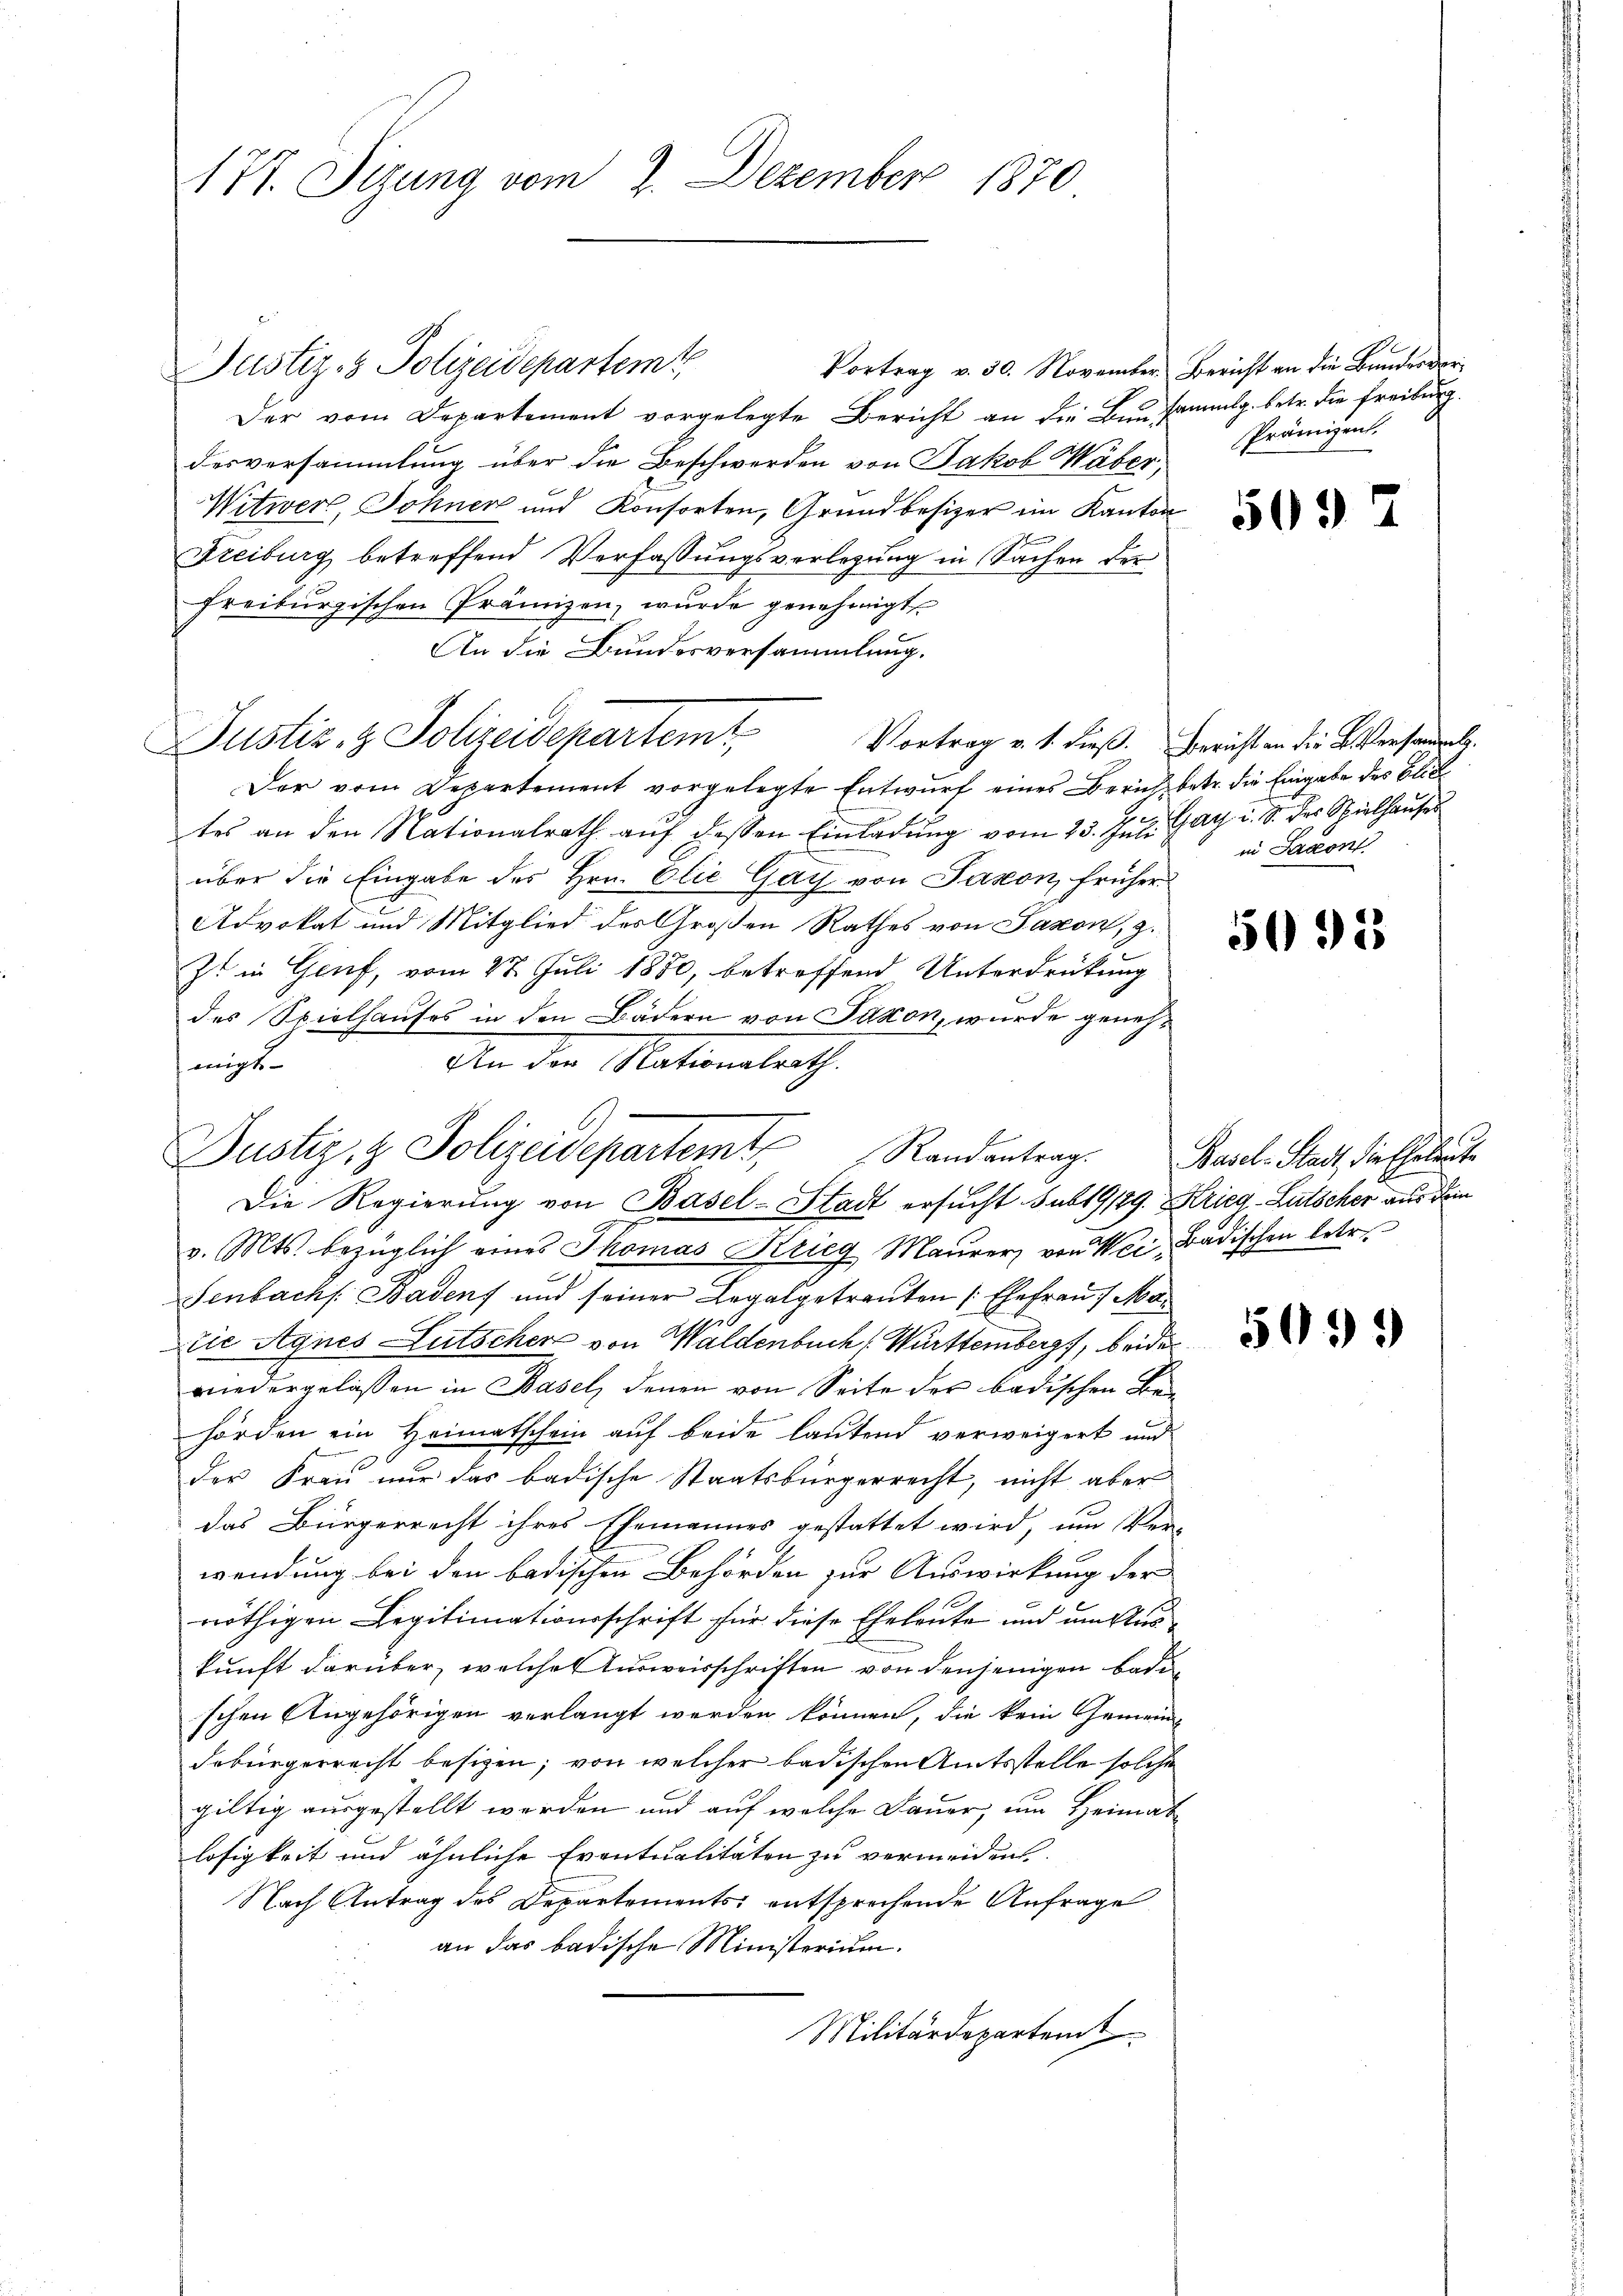
177. Sizung vom 2. Dezember 1870

Justiz- & Polizeidepartem
Der vom Departement vorgelegte Bericht an die Bau sammlg. betr. die Freiburg.
desversammlung über die Beschwerden von Jakob Wäber,
Witwer, Sohner und Konsorten, Grundbesizer im Kanton
Freiburg betreffend Verfassungsverlegung in Sachen der
freiburgischen Prämizen, wurde genehmigt
An die Bundesversammlung.
Justiz- & Polizeidepartemt Vortrag v. 4. dieß. Bericht en die Versammels
Der vom Departement vorgelegte Entwurf eines Bericht betr. die Eingabe des Blit
tes an den Nationalrath aŭf dessen Einladŭng vom 25. Jŭli Gay u. S. des Spielhaŭser
über die Eingabe des Hrn. Olić Gay von Jakon früher
Advokat und Mitglied des Großen Rathes von Saxon, z.
Zt in Genf, vom 27. Juli 1880, betreffend Unterdrückung
des Spielhauses in den Bädern von Saxon, wurde geneh¬
An der Nationalrath
eigt
Die Regierung von Basel-Stadt ersucht sub 19/29. Krieg-Lutscher aus dein
v. Mts. bezüglich eines Thomas Krieg Maurer, von Wei-Badischen betr.
Senbach. Badens und seiner Legalgetrauten (Ehefrau 1 Ma¬
Die Agnes Lutscher von Waldenbuch Württemberg, beide
wiedergelassen in Basel, denen von Seite der badischen Behörden ein Heimatschein auf beide lautend verweigert und
der Frau nur das badische Staatsbürgerrecht, nicht aber
das Bürgerrecht ihres Ehemannes gestattet wird, um Ver-
wendung bei den badischen Behörden zur Auswirkung der
nöthigen Legitimationsschrift für diese Eheleute und unter
kunft darüber, welches Ausweisschriften von denjenigen Badischen Angehörigen verlangt werden können, die kein Gemeindebürgerrecht besizen; von welcher badischen Amtsstelle solche
giltig ausgestellt werden und auf welche Dauer, um Heimatlosigkeit und ähnliche Eventualitäten zu vermeiden.
Nach Antrag des Departements entsprechende Anfrage
an das badische Ministerium.
Militärdepartem

Justiz & Polizeidepartemt Randantrag. Basel-Stadt, Vielholent

Vortrag v. 30. November Bericht an die Bundesvor-

Prämien.

509

in Saxont

5092

509